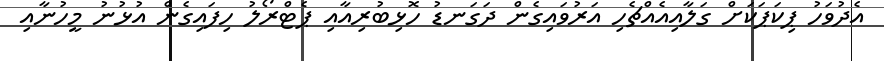
އެދުވަހު ޕިކަޕަކަށް ގަލާއިއެއްޗެހި އަރުވައިގެން ދަގަނޑު ހޮޅިބުރިއާއި ޕެޓްރޯލު ހިފައިގެން އުޅުނު މީހުނާއި